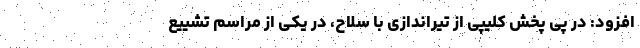
افزود: در پی پخش کلیپی از تیراندازی با سلاح، در یکی از مراسم تشییع